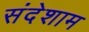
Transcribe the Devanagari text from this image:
संदेशाम